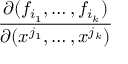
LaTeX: \frac { \partial ( f _ { i _ { 1 } } , \ldots , f _ { i _ { k } } ) } { \partial ( x ^ { j _ { 1 } } , \ldots , x ^ { j _ { k } } ) }